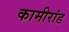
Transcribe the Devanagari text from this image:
कामीरांड